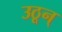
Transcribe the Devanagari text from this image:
उठून्